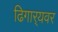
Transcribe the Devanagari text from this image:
ढिगार्‍यवर